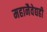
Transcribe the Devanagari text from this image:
महानैवेद्यही